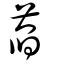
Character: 萏